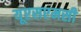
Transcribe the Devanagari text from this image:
यूएसएमसी